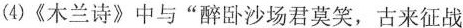
(4)《木兰诗》中与”醉卧沙场君莫笑，古来征战